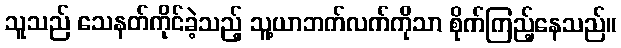
သူသည် သေနတ်ကိုင်ခဲ့သည့် သူ့ယာဘက်လက်ကိုသာ စိုက်ကြည့်နေသည်။